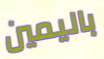
باليمين